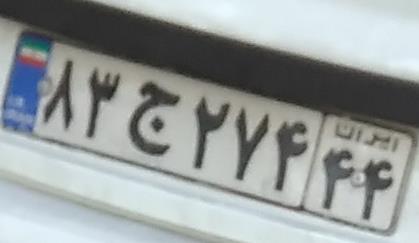
۸۲ج۲۷۴۴۴